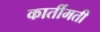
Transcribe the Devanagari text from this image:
कार्तीमती